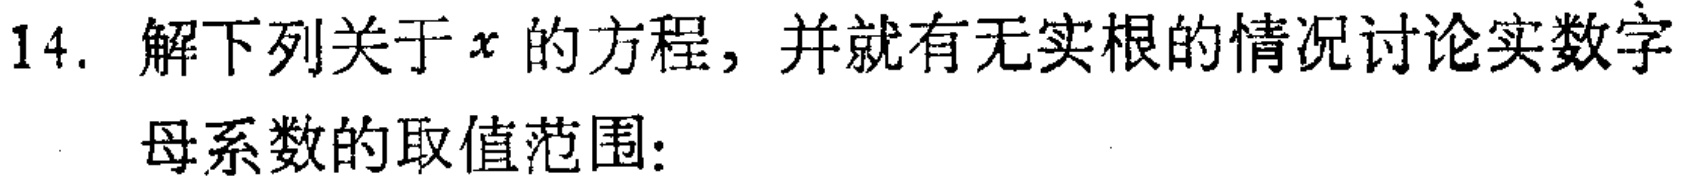
14. 解下列关于\(x\)的方程，并就有无实根的情况讨论实数字母系数的取值范围：